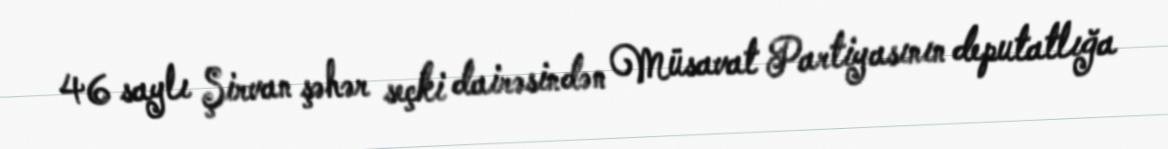
46 saylı Şirvan şəhər seçki dairəsindən Müsavat Partiyasının deputatlığa